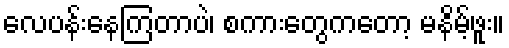
လေပန်းနေကြတာပဲ၊ စကားတွေကတော့ မနိမ့်ဖူး။